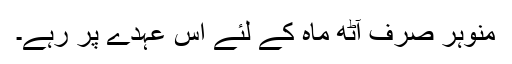
منوہر صرف آٹھ ماہ کے لئے اس عہدے پر رہے۔